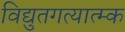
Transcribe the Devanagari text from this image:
विद्युतगत्यात्म्क